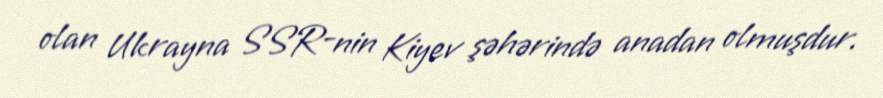
olan Ukrayna SSR-nin Kiyev şəhərində anadan olmuşdur.